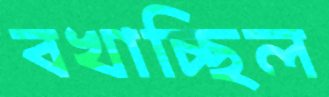
বখাচ্ছিল